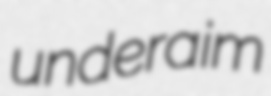
underaim